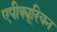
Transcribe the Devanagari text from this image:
एपीक्यूरियन